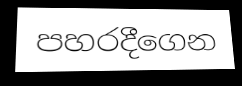
පහරදීගෙන